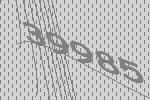
39985